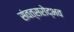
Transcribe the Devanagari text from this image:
संवत्सरोद्भव